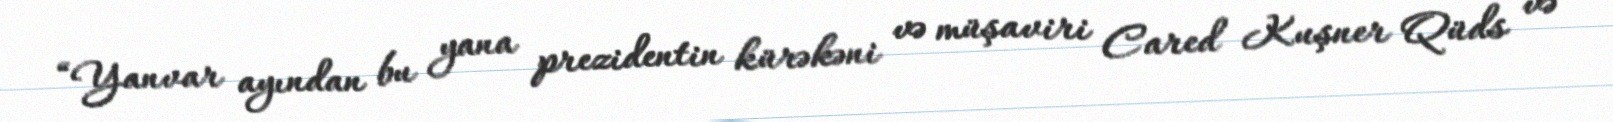
“Yanvar ayından bu yana prezidentin kürəkəni və müşaviri Cared Kuşner Qüds və